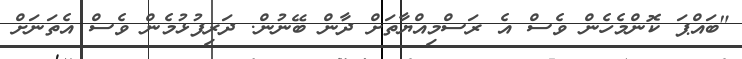
"ބައްޕަ ކޮންމެހެން ވެސް އެ ރަސްމިއްޔާތަށް ދާން ބޭނުން. ދަރިފުޅުމެން ވެސް އެތަނަށް